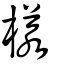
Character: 樣